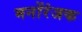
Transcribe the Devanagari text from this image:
मनोंरंजक